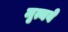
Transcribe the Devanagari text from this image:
मृत्यवे